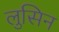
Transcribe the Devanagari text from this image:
लुसिन